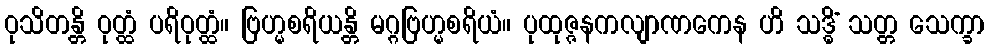
ဝုသိတန္တိ ဝုတ္ထံ ပရိဝုတ္ထံ။ ဗြဟ္မစရိယန္တိ မဂ္ဂဗြဟ္မစရိယံ။ ပုထုဇ္ဇနကလျာဏကေန ဟိ သဒ္ဓိံ သတ္တ သေက္ခာ